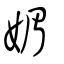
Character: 媚